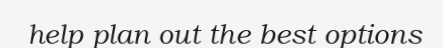
help plan out the best options